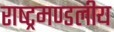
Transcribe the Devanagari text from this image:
राष्‍ट्रमण्‍डलीय